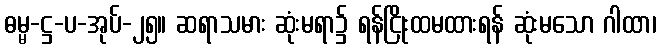
ဓမ္မ-ဋ္ဌ-ပ-အုပ်-၂၅။ ဆရာသမား ဆုံးမရာ၌ ရန်ငြိုးထမထားရန် ဆုံးမသော ဂါထာ၊